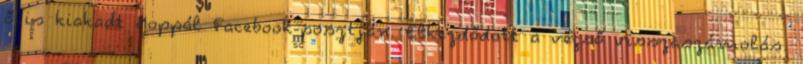
ő is kiakadt Hoppál Facebook-posztján. Elkezdődött a végső visszaszámolás.